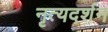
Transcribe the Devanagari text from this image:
नृत्यदर्शन